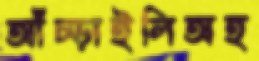
আঁচ্‌ড়াইলিঅহ